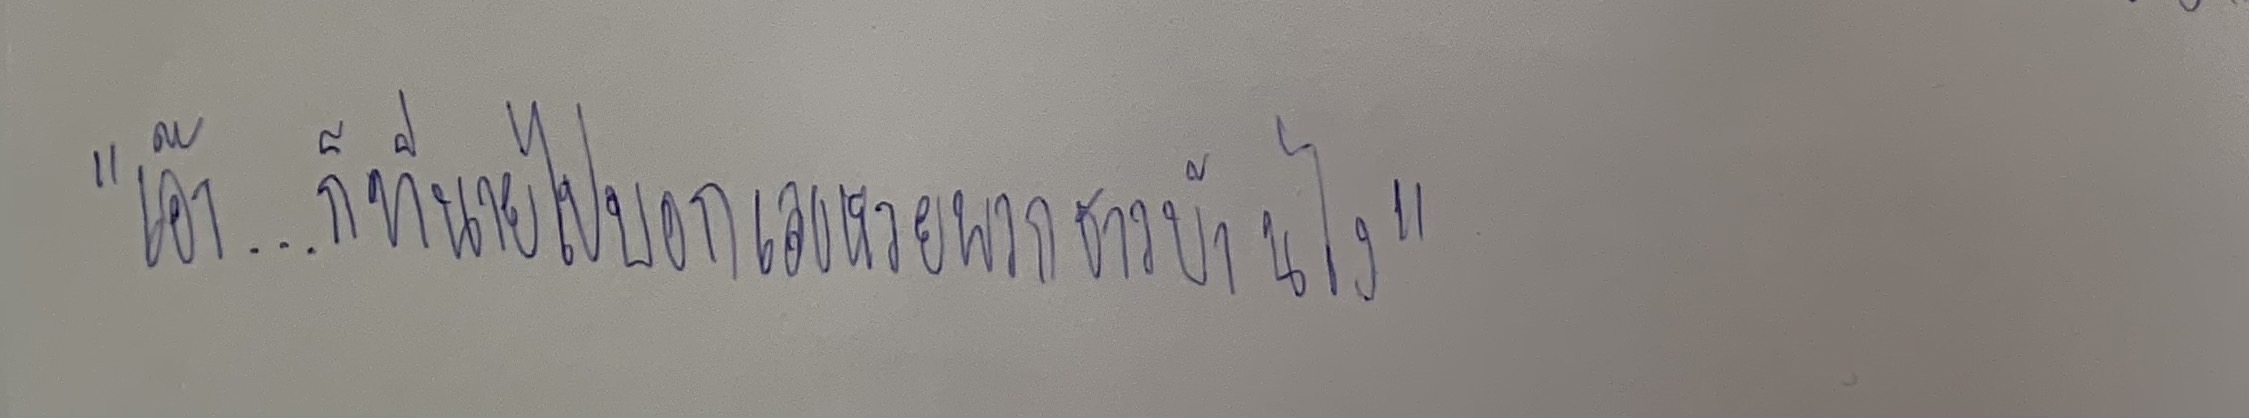
"เอ๊า...ก็ที่นายไปบอกเลขหวยพวกชาวบ้านไง"